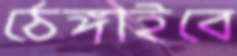
ঠেঙ্গাইবে